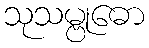
သုသမ္ဗုဓော